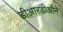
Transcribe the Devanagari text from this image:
डीआरडीओने